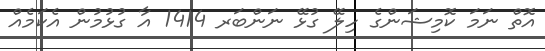
އޮތް ނަމަ ކޮމިޝަންގެ ހިލޭ ގުޅޭ ނަންބަރ 1414 އާ ގުޅުމުން އެކަމެއް